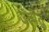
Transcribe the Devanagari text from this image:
उत्पेतु